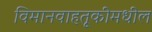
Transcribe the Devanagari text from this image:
विमानवाहतूकीमधील